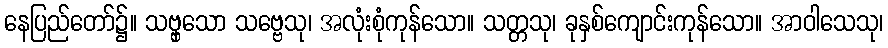
နေပြည်တော်၌။ သဗ္ဗှသော သဗ္ဗေသု၊ အလုံးစုံကုန်သော။ သတ္တသု၊ ခုနှစ်ကျောင်းကုန်သော။ အာဝါသေသု၊